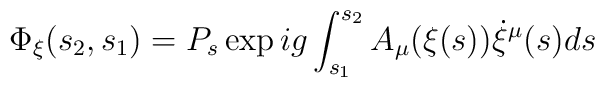
\Phi_\xi(s_2,s_1) = P_s \exp ig \int_{s_1}^{s_2} A_\mu(\xi(s))   \dot{\xi}^\mu(s) ds